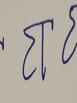
Signature authenticity: forged